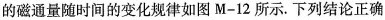
的磁通量随时间的变化规律如图M-12所示。下列结论正确